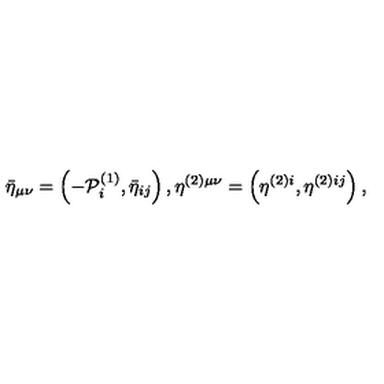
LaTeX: \bar { \eta } _ { \mu \nu } = \left( - { \cal P } _ { i } ^ { ( 1 ) } , \bar { \eta } _ { i j } \right) , \eta ^ { ( 2 ) \mu \nu } = \left( \eta ^ { ( 2 ) i } , \eta ^ { ( 2 ) i j } \right) ,